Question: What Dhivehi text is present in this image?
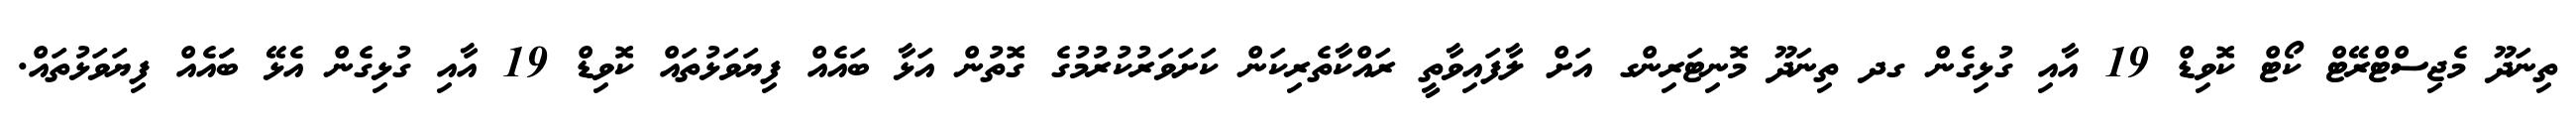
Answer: ތިނަދޫ މެޖިސްޓްރޭޓް ކޯޓް ކޮވިޑް 19 އާއި ގުޅިގެން ގދ ތިނަދޫ މޮނިޓަރިންގ އަށް ލާފައިވާތީ ރައްކާތެރިކަން ކަށަވަރުކުރުމުގެ ގޮތުން އަޅާ ބައެއް ފިޔަވަޅުތައް ކޮވިޑް 19 އާއި ގުޅިގެން އެޅޭ ބަައެއް ފިޔަވަޅުތައް.